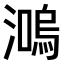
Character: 𤀙